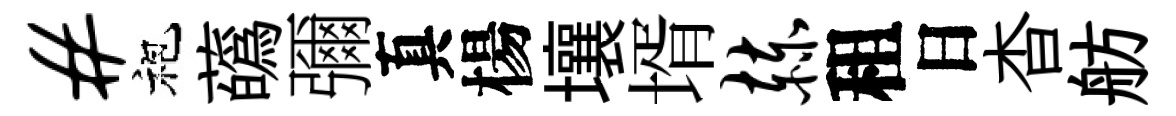
#袍蘤彌真楊壤壻赫租日杳舫